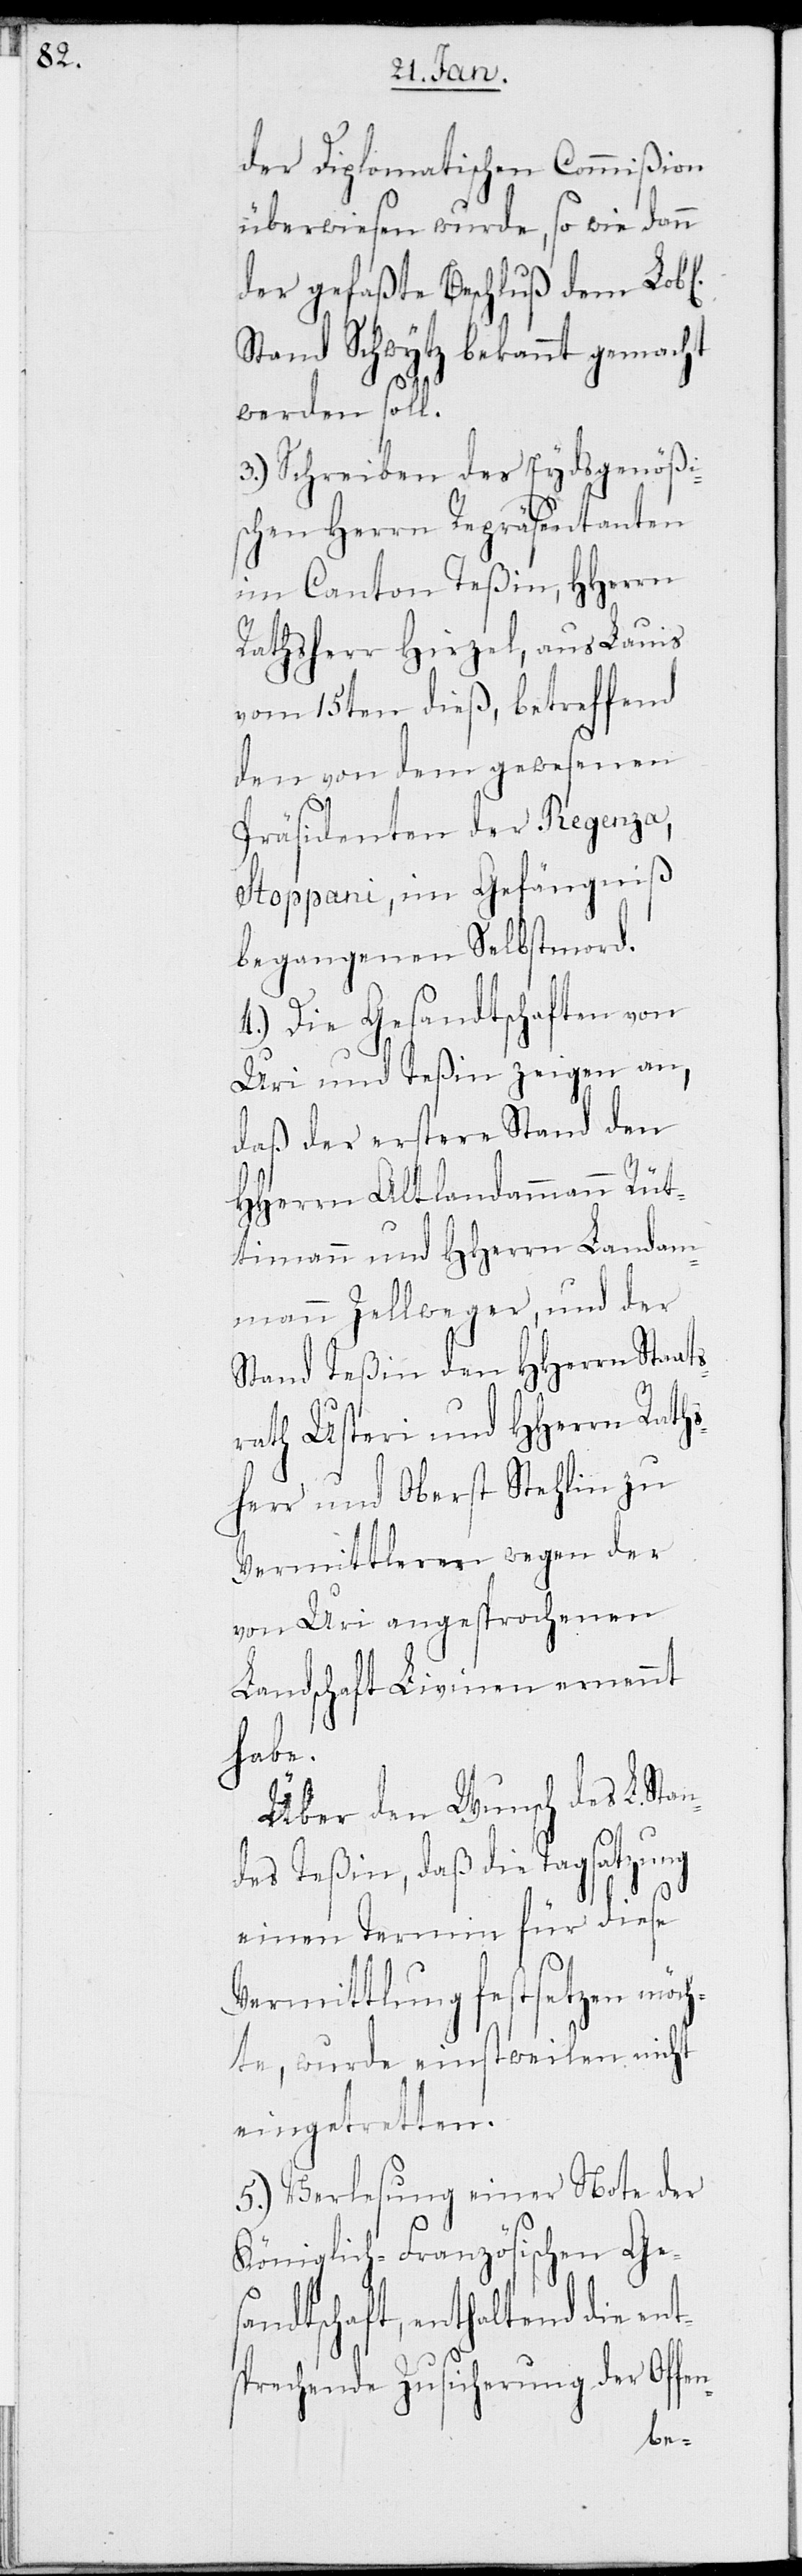
der diplomatischen Commißion
überwiesen wurde, so wie dann
der gefaßte Beschluß dem Lobl.
Stand Schwytz bekannt gemacht
werden soll.
3.) Schreiben des Eydsgenößi¬
schen Herrn Repräsentanten
im Canton Teßin, HHerrn
Rathsherr Hirzel, aus Lauis,
vom 15ten dieß, betreffend
den von dem gewesenen
Präsidenten der Regenza,
Stoppani, im Gefängniß
begangenen Selbstmord.
4.) Die Gesandtschaften von
Uri und Teßin zeigen an,
daß der erstere Stand den
HHerren Altlandammann Rüt¬
timann und HHerrn Landam¬
mann Zellweger, und der
Stand Teßin den HHerren Staats¬
rath Usteri und HHerrn Raths¬
herr und Oberst Stehlin zu
Vermittleren wegen der
von Uri angesprochenen
Landschaft Livinen ernannt
habe.
Über den Wünsch des L. Sta¬
ndes Teßin, daß die Tagsatzung
einen Termin für diese
Vermittlung festsetzen möch¬
te, wurde einstweilen nicht
eingetretten.
5.) Verlesung einer Note der
Königlich-Französischen Ges¬
andtschaft, enthaltend die ent¬
sprechende Zusicherung der Of¬
fen-